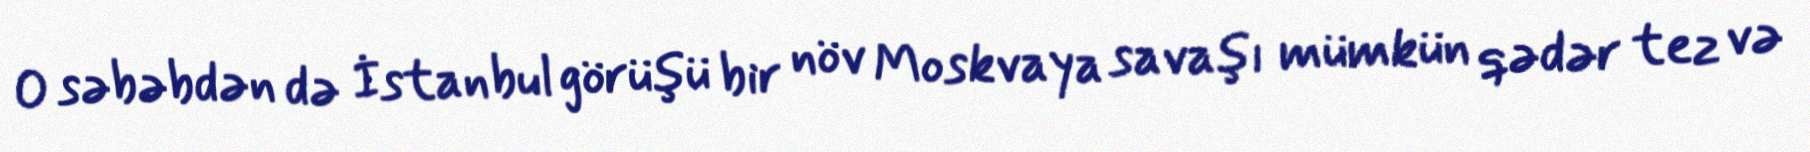
O səbəbdən də İstanbul görüşü bir növ Moskvaya savaşı mümkün qədər tez və